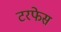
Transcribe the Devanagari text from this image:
टरफेस